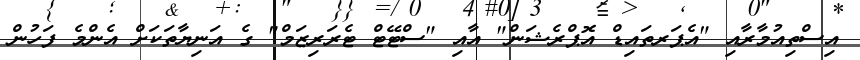
އިސްތިއުމާރާއި "އެޕަރތައިޑް އޮޕްރެޝަން" އާއި "ސްޓޭޓް ޓެރަރިޒަމް" ގެ އަނިޔާތަކަށް އެންމެ ފަހުން